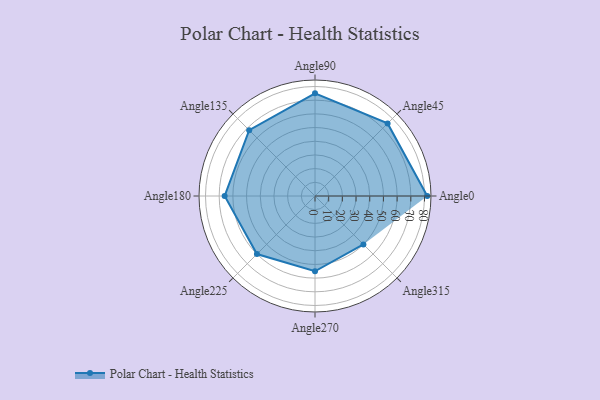
{"axis": {"x": "Angle", "y": "Radius"}, "legend": [""], "data": [{"x": "Angle0", "y": 82.0, "type": ""}, {"x": "Angle45", "y": 75.0, "type": ""}, {"x": "Angle90", "y": 75.0, "type": ""}, {"x": "Angle135", "y": 68.0, "type": ""}, {"x": "Angle180", "y": 66.0, "type": ""}, {"x": "Angle225", "y": 60.0, "type": ""}, {"x": "Angle270", "y": 55.0, "type": ""}, {"x": "Angle315", "y": 50, "type": ""}]}